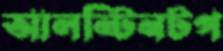
আলন্টিনটপ